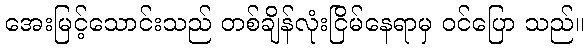
အေးမြင့်သောင်းသည် တစ်ချိန်လုံးငြိမ်နေရာမှ ဝင်ပြော သည်။